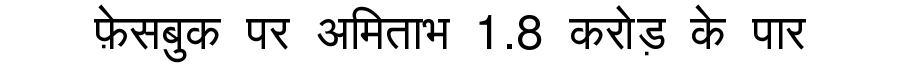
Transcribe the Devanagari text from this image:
फ़ेसबुक पर अमिताभ 1.8 करोड़ के पार